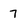
Character: 7